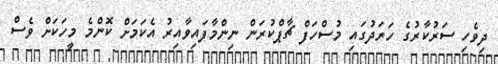
ދިވެހި ސަރުކާރުގެ ހަރަދުގައި މުސްހަފް ޗާޕްކުރަން ނިންމާފައިވާއިރު އެކަމަށް ކޮންމެ މީހަކަށް ވެސް